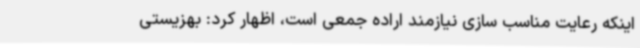
اینکه رعایت مناسب سازی نیازمند اراده جمعی است، اظهار کرد: بهزیستی